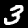
Label: 3